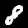
Label: 8